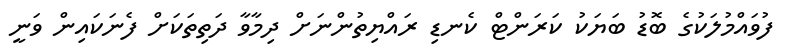
ފުވައްމުލަކުގެ ބޮޑު ބަޔަކު ކަރަންޓް ކެނޑި ރައްޔިތުންނަށް ދިމާވާ ދަތިތަކަށް ފެނަކައިން ވަނީ